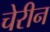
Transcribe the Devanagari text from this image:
चेरीन